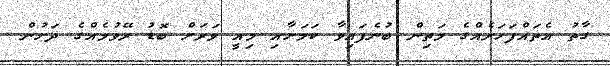
ގާތު އެތައްފަހަރެއްގެ މަތިން ބުނެފައިވާ ކަމަށާއި މިއީ ވަރަށް ބޮޑު ރޭވުމެއްގެ ދަށުން